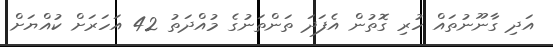
އަދި ގާނޫނުތައް ހުރި ގޮތުން އެފަދަ ތަންތަނުގެ މުއްދަތު 42 އަހަރަށް ކުއްޔަށް